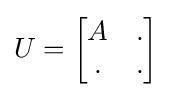
U={\begin{bmatrix}A&.\\.&.\end{bmatrix}}